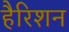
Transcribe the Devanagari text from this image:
हैरिशन